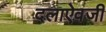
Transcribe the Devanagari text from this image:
दलाऐवजी